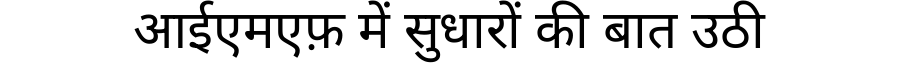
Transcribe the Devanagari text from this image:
आईएमएफ़ में सुधारों की बात उठी